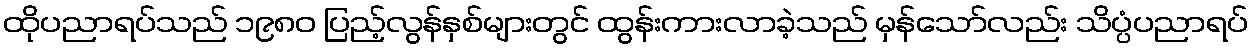
ထိုပညာရပ်သည် ၁၉၈၀ ပြည့်လွန်နှစ်များတွင် ထွန်းကားလာခဲ့သည် မှန်သော်လည်း သိပ္ပံပညာရပ်